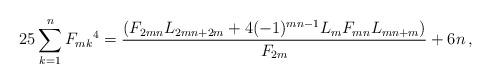
LaTeX: \begin{align*}25\sum_{k = 1}^n {F_{mk}{}^4 } = \frac{{(F_{2mn} L_{2mn + 2m} + 4( - 1)^{mn - 1} L_m F_{mn}L_{mn + m} )}}{{F_{2m} }} + 6n\,,\end{align*}